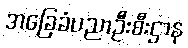
အခြေခံပညာဦးစီးဌာန